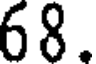
68.